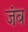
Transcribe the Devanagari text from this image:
जंब